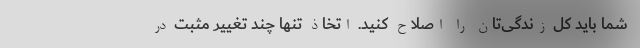
شما باید کل زندگی‌تان را اصلاح کنید. اتخاذ تنها چند تغییر مثبت در